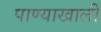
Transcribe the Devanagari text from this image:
पाण्याखालीं